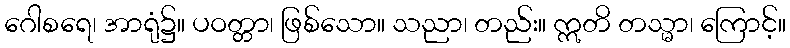
ဂေါစရေ၊ အာရုံ၌။ ပဝတ္တာ၊ ဖြစ်သော။ သညာ၊ တည်း။ ဣတိ တသ္မာ၊ ကြောင့်။